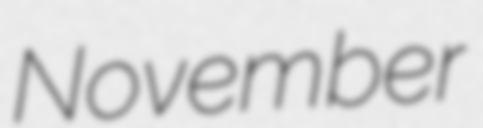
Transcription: November